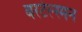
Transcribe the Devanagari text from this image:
बरटेल्स्मन